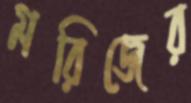
মরিজের